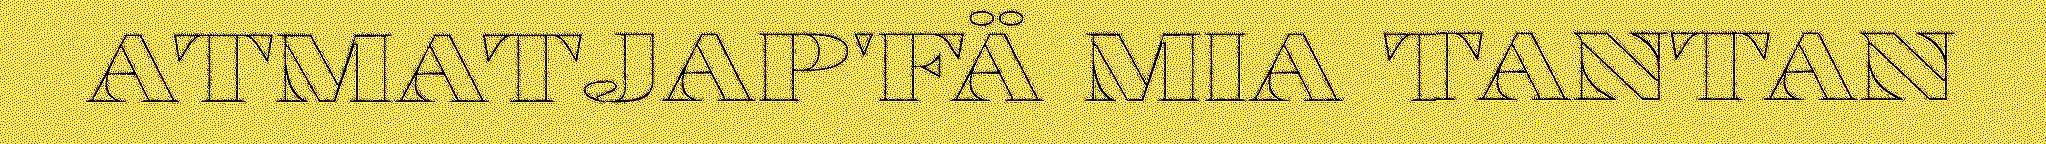
ATMATJAP'FÄ MIA TANTAN